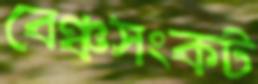
বেঞ্চসংকট